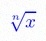
\sqrt[n]{x}